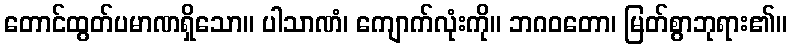
တောင်ထွတ်ပမာဏရှိသော။ ပါသာဏံ၊ ကျောက်လုံးကို။ ဘဂဝတော၊ မြတ်စွာဘုရား၏။